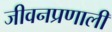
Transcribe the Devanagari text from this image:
जीवनप्रणाली